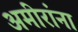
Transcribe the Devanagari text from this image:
अमीरांना